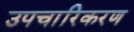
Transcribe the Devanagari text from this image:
उपचारिकरण